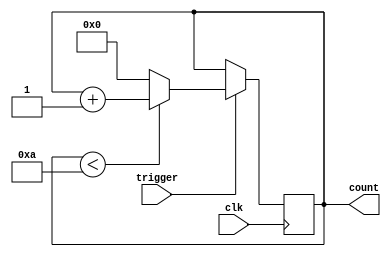
module counter (
    input trigger,
    input clk,
    output reg [7:0] count
);

reg [7:0] max_value = 10;

always @(posedge clk) begin
    if(trigger == 1) begin
        if(count < max_value) begin
            count <= count + 1;
        end else begin
            count <= 0;
        end
    end
end

endmodule